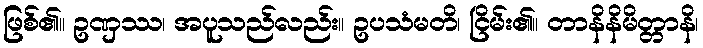
ဖြစ်၏။ ဥဏှဿ၊ အပူသည်လည်း။ ဥပသံမတိ၊ ငြိမ်း၏။ တာနိနိမိတ္တာနိ၊